Civil Veterinary Department Bengal reports 1923-33 - 1923-1933
Year: 1923
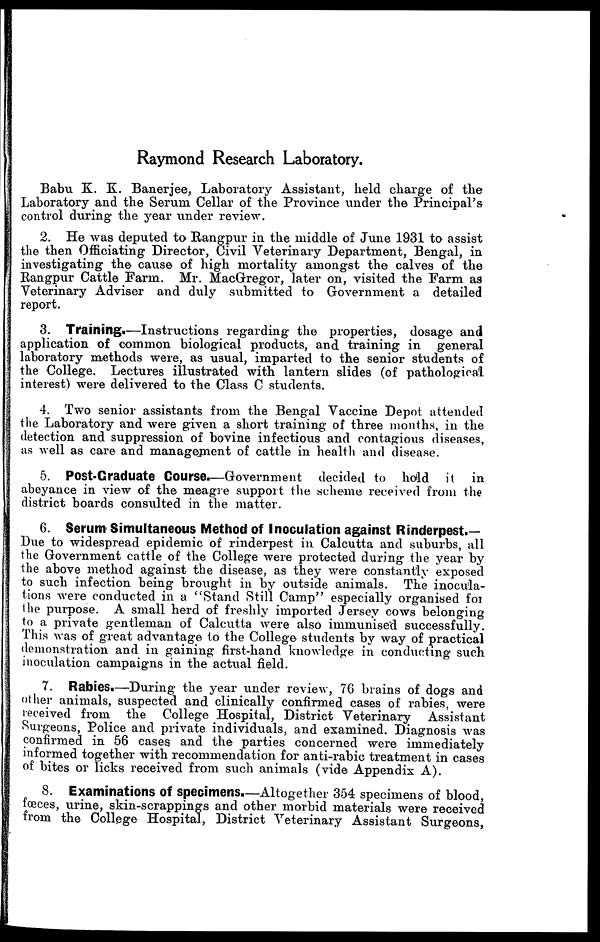
Raymond Research Laboratory.
Babu K. K. Banerjee, Laboratory Assistant, held charge of the
Laboratory and the Serum Cellar of the Province under the Principal's
control during the year under review.
2. He was deputed to Rangpur in the middle of June 1931 to assist
the then Officiating Director, Civil Veterinary Department, Bengal, in
investigating the cause of high mortality amongst the calves of the
Rangpur Cattle Farm. Mr. MacGregor, later on, visited the Farm as
Veterinary Adviser and duly submitted to Government a detailed
report.
3. Training.—Instructions regarding the properties, dosage and
application of common biological products, and training in general
laboratory methods were, as usual, imparted to the senior students of
the College. Lectures illustrated with lantern slides (of pathological
interest) were delivered to the Class C students.
4. Two senior assistants from the Bengal Vaccine Depot attended
the Laboratory and were given a short training of three months, in the
detection and suppression of bovine infectious and contagious diseases,
as well as care and management of cattle in health and disease.
5. Post-Graduate Course.—Government decided to hold it in
abeyance in view of the meagre support the scheme received from the
district boards consulted in the matter.
6. Serum Simultaneous Method of Inoculation against Rinderpest.—
Due to widespread epidemic of rinderpest in Calcutta and suburbs, all
the Government cattle of the College were protected during the year by
the above method against the disease, as they were constantly exposed
to such infection being brought in by outside animals. The inocula-
tions were conducted in a "Stand Still Camp" especially organised for
the purpose. A small herd of freshly imported Jersey cows belonging
to a private gentleman of Calcutta were also immunised successfully.
This was of great advantage to the College students by way of practical
demonstration and in gaining first-hand knowledge in conducting such
inoculation campaigns in the actual field.
7. Rabies.—During the year under review, 76 brains of dogs and
other animals, suspected and clinically confirmed cases of rabies, were
received from the College Hospital, District Veterinary Assistant
Surgeons, Police and private individuals, and examined. Diagnosis was
confirmed in 56 cases and the parties concerned were immediately
informed together with recommendation for anti-rabic treatment in cases
of bites or licks received from such animals (vide Appendix A).
8. Examinations of specimens.—Altogether 354 specimens of blood,
fœces, urine, skin-scrappings and other morbid materials were received
from the College Hospital, District Veterinary Assistant Surgeons,